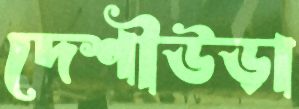
দেশীউড়া